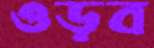
ওড়ব